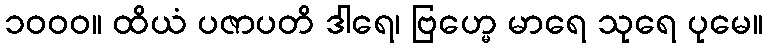
၁၀၀၀။ ထိယံ ပဇာပတိ ဒါရေ၊ ဗြဟ္မေ မာရေ သုရေ ပုမေ။